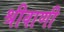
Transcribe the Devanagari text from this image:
श्रीवाणी